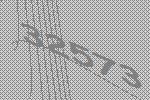
32573